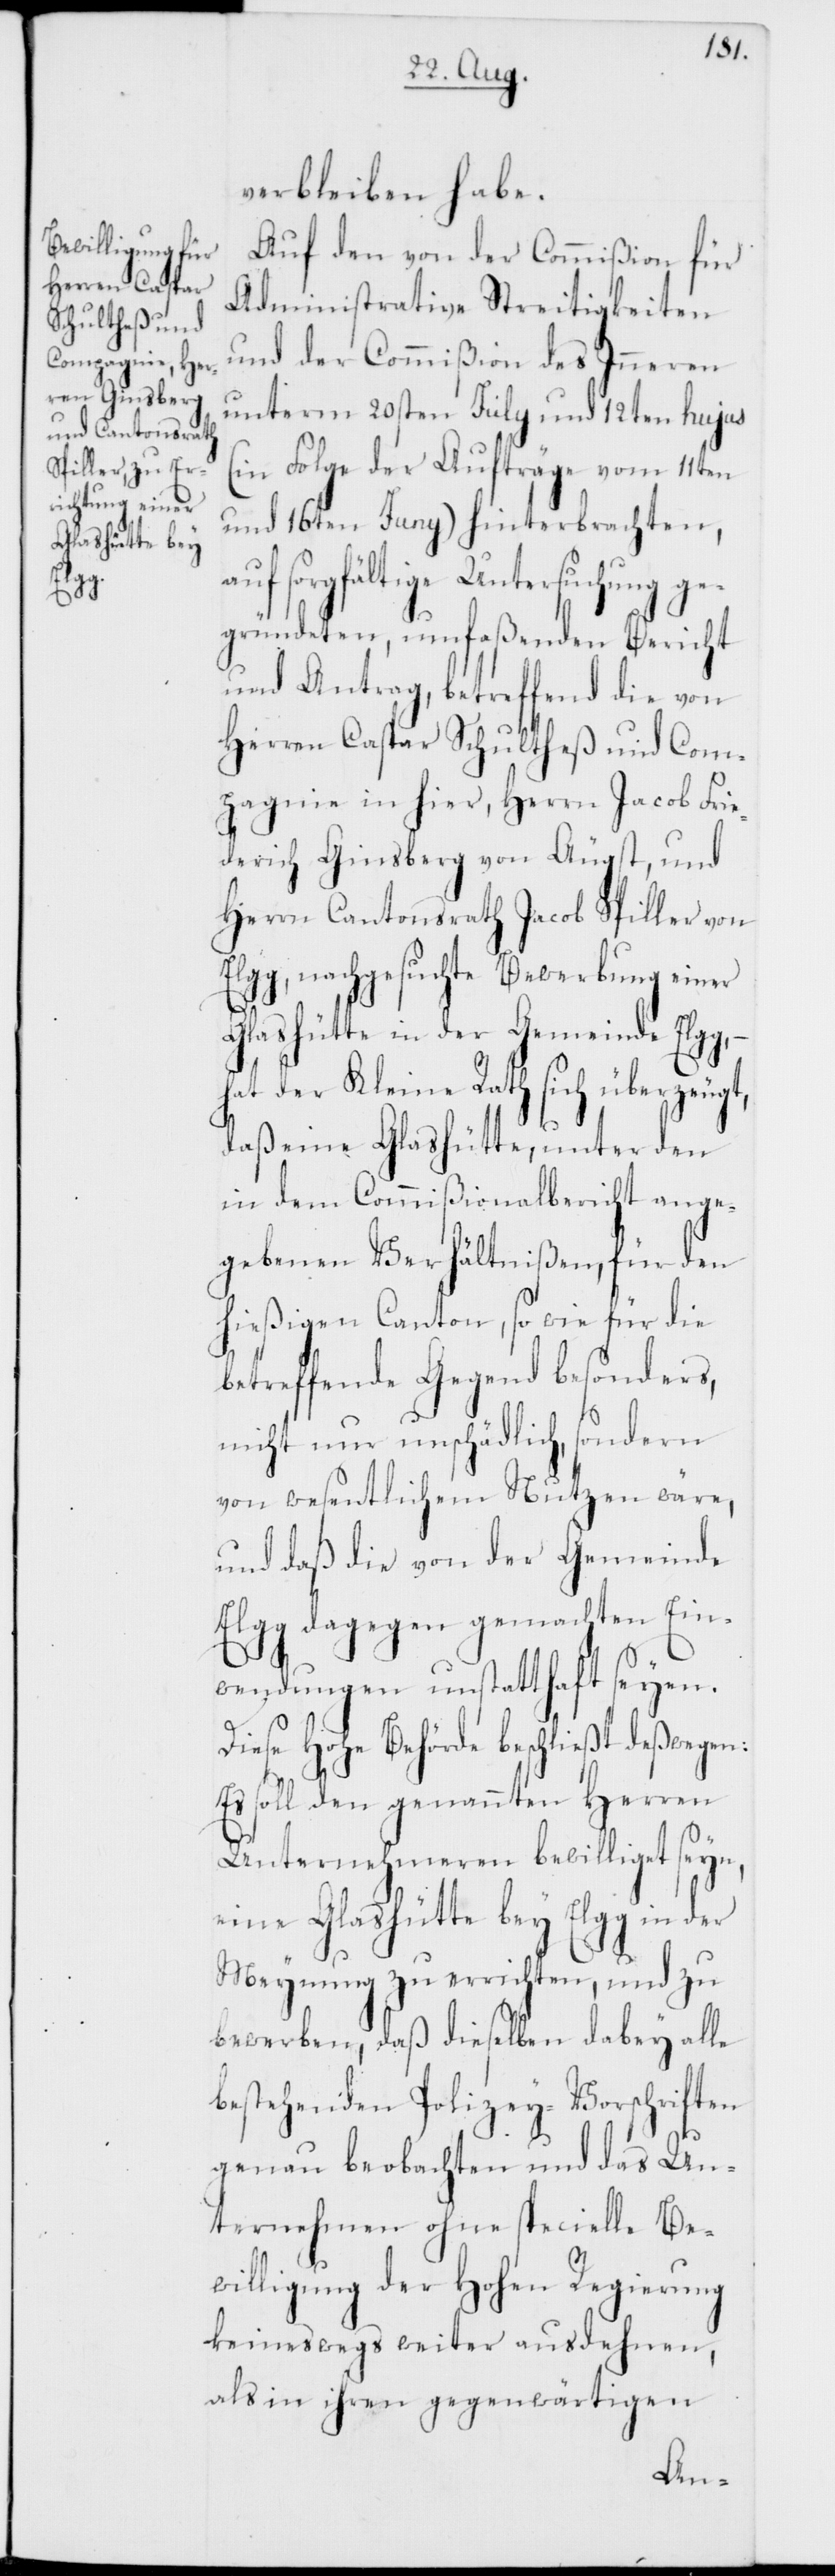
a¬

verbleiben habe.
Auf den von der Commißion für
Administrative Streitigkeiten
und der Commißion des Inneren
unterm 20ten Julii und 12ten hujus
(in Folge der Aufträge vom 11ten
und 16ten Juny) hinterbrachten,
uf sorgfältige Untersuchung ge¬
gründeten, umfaßenden Bericht
und Antrag, betreffend die von
Herren Caspar Schultheß und Com¬
pagnie in hier, Herrn Jacob Frie¬
derich Ginsberg von Augst und
Herrn Cantonsrath Jacob Spiller von
Elgg, nachgesuchte Bewerbung einer
Glashütte in der Gemeinde Elgg,
hat der Kleine Rath sich überzeugt,
daß eine Glashütte, unter den
in dem Commißionalbericht ange¬
gebenen Verhältnißen, für den
hießigen Canton, so wie für die
betreffende Gegend besonders,
nicht nur unschädlich, sondern
von wesentlichem Nutzen wäre,
und daß die von der Gemeinde
Elgg dagegen gemachten Ein¬
wendungen unstatthaft seyen.
Diese Hohe Behörde beschließt deßwegen:
Es soll den genannten Herren
Unternehmeren bewilliget seyn,
eine Glashütte bey Elgg in der
Meynung zu errichten, und zu
bewerben, daß dieselben dabey alle
bestehenden Polizey-Vorschriften
genau beobachten und das Un¬
ternehmen ohne specielle Be¬
willigung der Hohen Regierung
keineswegs weiter ausdehnen,
als in ihren gegenwärtigen